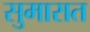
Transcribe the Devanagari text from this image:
सुमारात